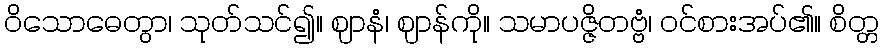
ဝိသောဓေတွာ၊ သုတ်သင်၍။ ဈာနံ၊ ဈာန်ကို။ သမာပဇ္ဇိတဗ္ဗံ၊ ဝင်စားအပ်၏။ စိတ္တ